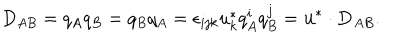
LaTeX: D _ { A B } = q _ { A } q _ { B } = q _ { B } q _ { A } = \epsilon _ { i j k } u _ { k } ^ { * } q _ { A } ^ { i } q _ { B } ^ { j } = { \bf u } ^ { * } \cdot { \bf D } _ { A B } .